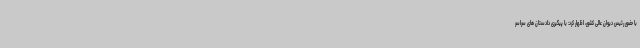
با حضور رئیس دیوان عالی کشور، اظهار کرد: با پیگیری دادستان های سراسر